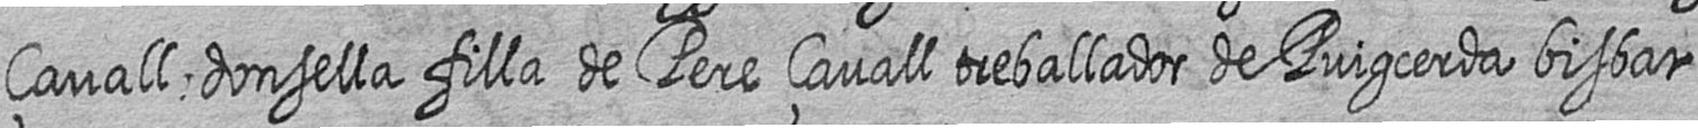
çavall donsella filla de Pere çavall treballador de Puigcerda bisbat